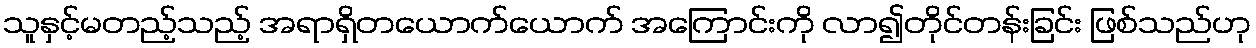
သူနှင့်မတည့်သည့် အရာရှိတယောက်ယောက် အကြောင်းကို လာ၍တိုင်တန်းခြင်း ဖြစ်သည်ဟု